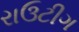
રાઉટીગ